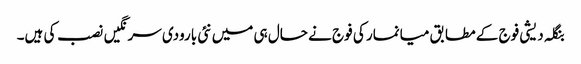
بنگلہ دیشی فوج کے مطابق میانمار کی فوج نے حال ہی میں نئی بارودی سرنگیں نصب کی ہیں۔